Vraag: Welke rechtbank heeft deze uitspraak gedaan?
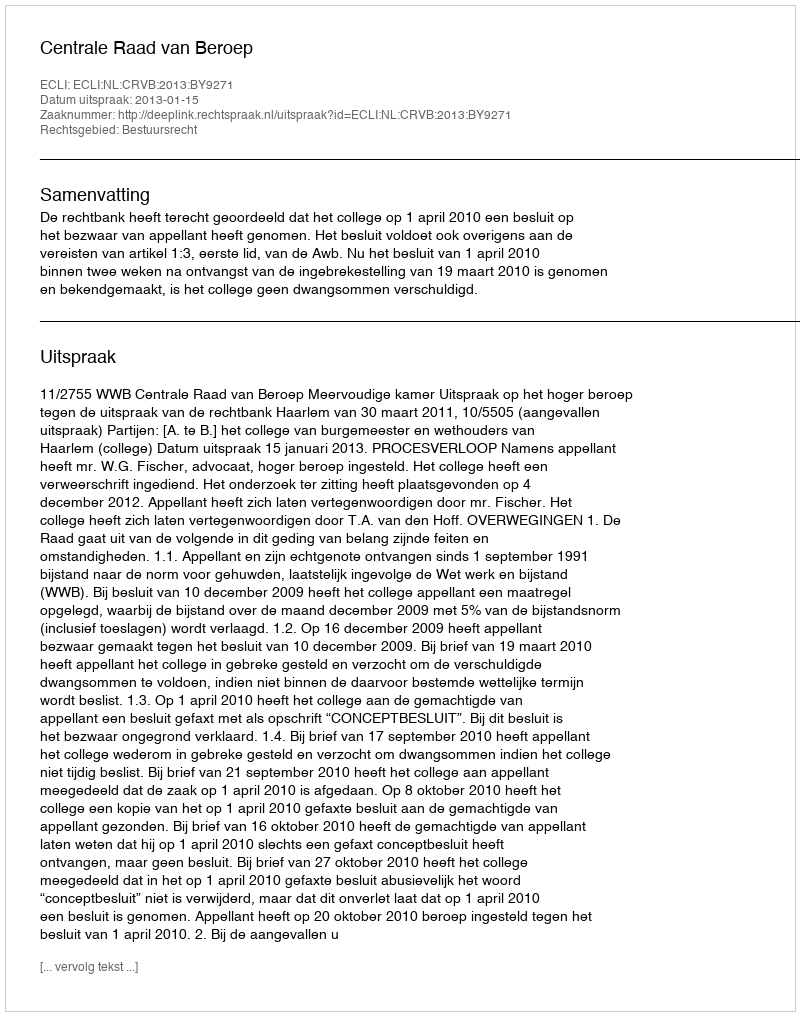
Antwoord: Centrale Raad van Beroep